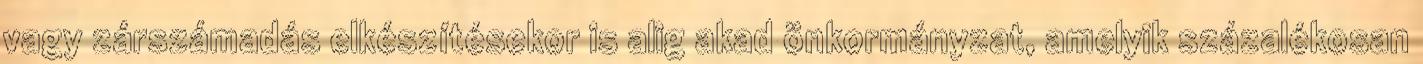
vagy zárszámadás elkészítésekor is alig akad önkormányzat, amelyik százalékosan